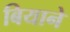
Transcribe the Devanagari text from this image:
बियाने